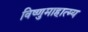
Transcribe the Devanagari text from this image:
विष्णुमाहात्म्य